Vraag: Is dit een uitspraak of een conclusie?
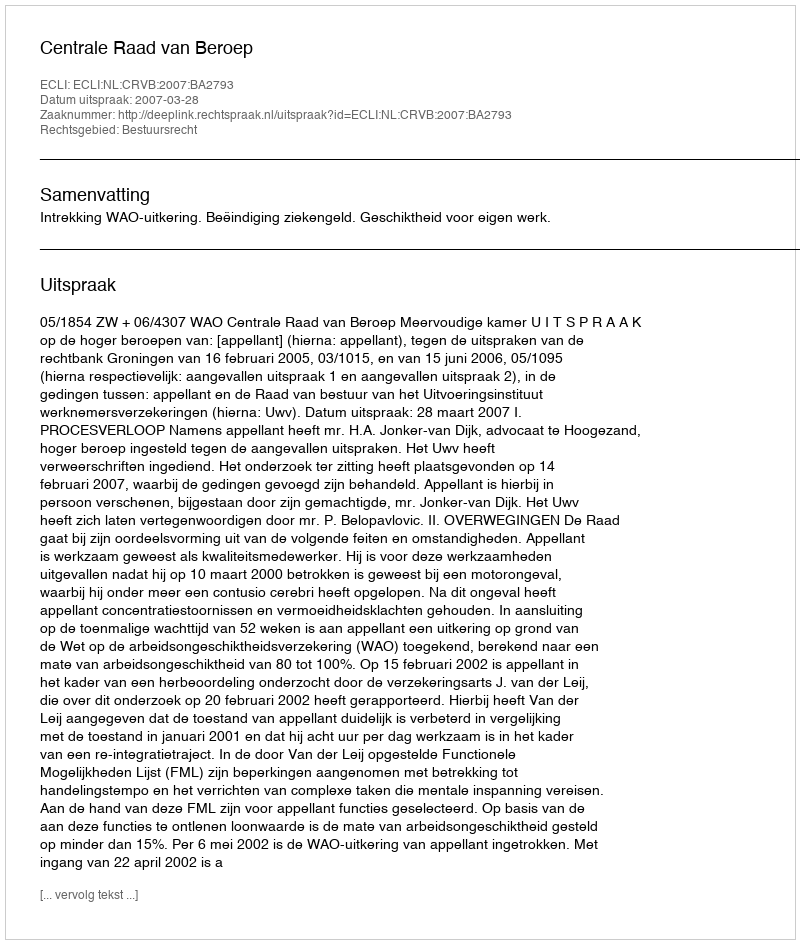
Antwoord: Uitspraak